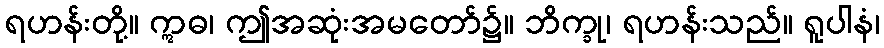
ရဟန်းတို့။ ဣဓ၊ ဤအဆုံးအမတော်၌။ ဘိက္ခု၊ ရဟန်းသည်။ ရူပါနံ၊